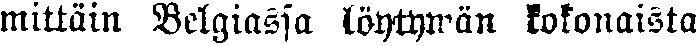
mittäin Belgiassa löytywän kokonaista